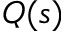
Q ( s )